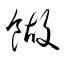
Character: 餬